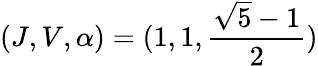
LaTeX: (J,V,\alpha)=(1,1,\frac{\sqrt{5}-1}{2})